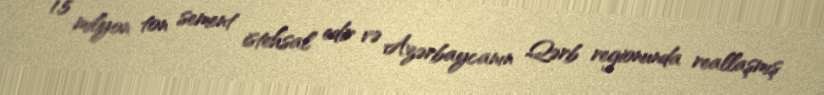
1.5 milyon ton sement istehsal edir və Azərbaycanın Qərb regionunda reallaşmış